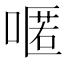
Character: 𠽋